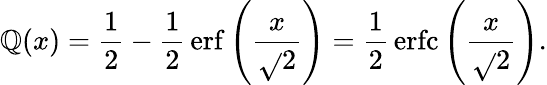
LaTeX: \mathbb{Q}(x)={\frac{{1}}{{2}}}-{\frac{{1}}{{2}}}\operatorname{erf}\left({\frac{{x}}{{\sqrt{}{{2}}}}}\right)={\frac{{1}}{{2}}}\operatorname{erfc}\left({\frac{{x}}{{\sqrt{}{{2}}}}}\right).